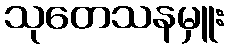
သုတေသနမှူး